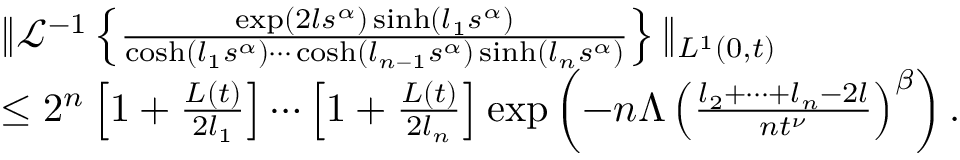
\begin{array} { r l } & { \| \mathcal { L } ^ { - 1 } \left\{ \frac { \exp ( 2 l s ^ { \alpha } ) \sinh ( l _ { 1 } s ^ { \alpha } ) } { \cosh ( l _ { 1 } s ^ { \alpha } ) \cdots \cosh ( l _ { n - 1 } s ^ { \alpha } ) \sinh ( l _ { n } s ^ { \alpha } ) } \right\} \| _ { L ^ { 1 } ( 0 , t ) } } \\ & { \leq 2 ^ { n } \left[ 1 + \frac { L ( t ) } { 2 l _ { 1 } } \right] \cdots \left[ 1 + \frac { L ( t ) } { 2 l _ { n } } \right] \exp \left( - n \Lambda \left( \frac { l _ { 2 } + \cdots + l _ { n } - 2 l } { n t ^ { \nu } } \right) ^ { \beta } \right) . } \end{array}